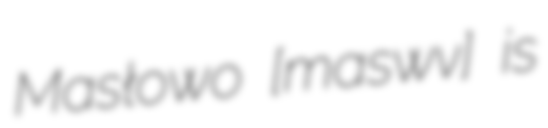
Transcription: Masłowo [maˈswɔvɔ] is